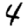
Digit: 4